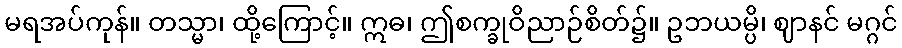
မရအပ်ကုန်။ တသ္မာ၊ ထို့ကြောင့်။ ဣဓ၊ ဤစက္ခုဝိညာဉ်စိတ်၌။ ဥဘယမ္ပိ၊ ဈာနင် မဂ္ဂင်